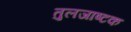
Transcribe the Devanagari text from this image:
तुलजाष्टक